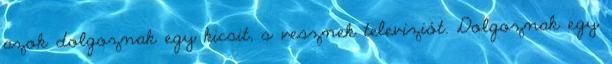
azok dolgoznak egy kicsit, s vesznek televíziót. Dolgoznak egy